Calcutta medical institutions reports 1879-81 [i.e.91]
Year: 1879
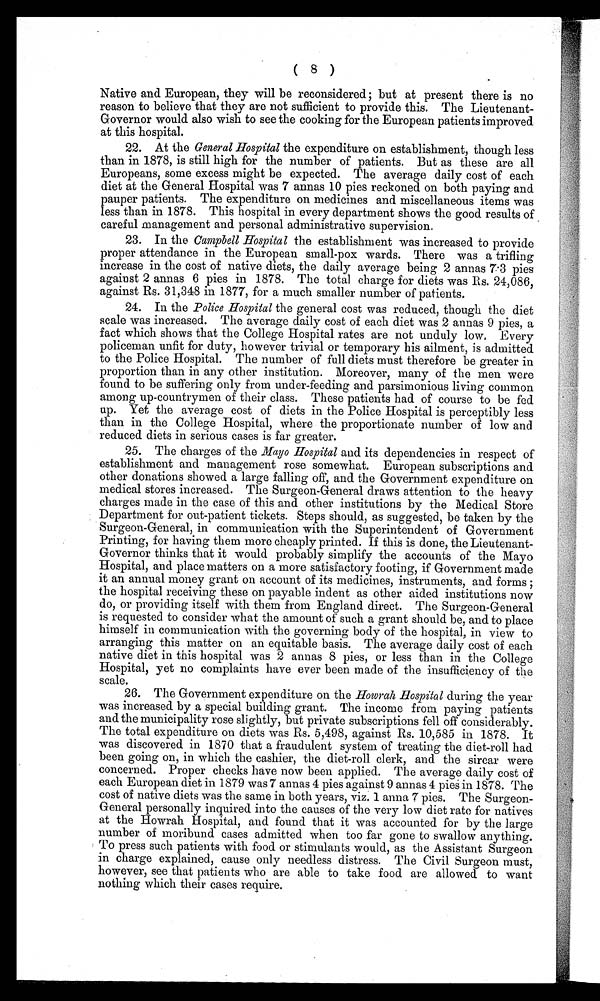
( 8 )
Native and European, they will be reconsidered; but at present there is no
reason to believe that they are not sufficient to provide this. The Lieutenant-
Governor would also wish to see the cooking for the European patients improved
at this hospital.
22. At the General Hospital the expenditure on establishment, though less
than in 1878, is still high for the number of patients. But as these are all
Europeans, some excess might be expected. The average daily cost of each
diet at the General Hospital was 7 annas 10 pies reckoned on both paying and
pauper patients. The expenditure on medicines and miscellaneous items was
less than in 1878. This hospital in every department shows the good results of
careful management and personal administrative supervision.
23. In the Campbell Hospital the establishment was increased to provide
proper attendance in the European small-pox wards. There was a trifling
increase in the cost of native diets, the daily average being 2 annas 7.3 pies
against 2 annas 6 pies in 1878. The total charge for diets was Rs. 24,086,
against Rs. 31,348 in 1877, for a much smaller number of patients.
24. In the Police Hospital the general cost was reduced, though the diet
scale was increased. The average daily cost of each diet was 2 annas 9 pies, a
fact which shows that the College Hospital rates are not unduly low. Every
policeman unfit for duty, however trivial or temporary his ailment, is admitted
to the Police Hospital. The number of full diets must therefore be greater in
proportion than in any other institution. Moreover, many of the men were
found to be suffering only from under-feeding and parsimonious living common
among up-countrymen of their class. These patients had of course to be fed
u p . Y e t t h e a v e r a g e c o s t o f d i e t s i n t h e P o l i c e H o s p i t a l i s p e r c e p t i b l y l e s s
than in the College Hospital, where the proportionate number of low and
reduced diets in serious cases is far greater.
25. The charges of the Mayo Hospital and its dependencies in respect of
establishment and manaement rose somewhat. European subscriptions and
other donations showed a large falling off, and the Government expenditure on
medical stores increased. The Surgeon-General draws attention to the heavy
charges made in the case of this and other institutions by the Medical Store
Department for out-patient tickets. Steps should, as suggested, be taken by the
Surgeon-General, in communication with the Superintendent of Government
Printing, for having them more cheaply printed. If this is done, the Lieutenant
-
Governor thinks that it would probably simplify the accounts of the Mayo
Hospital, and place matters on a more satisfactory footing, if Government made
it an annual money grant on account of its medicines, instruments, and forms;
the hospital receiving these on payable indent as other aided institutions now
do, or providing itself with them from England direct. The Surgeon-General
is requested to consider what the amount of such a grant should be, and to place
himself in communication with the governing body of the hospital, in view to
arranging this matter on an equitable basis. The average daily cost of each
native diet in this hospital was 2 annas 8 pies, or less than in the College
Hospital, yet no complaints have ever been made of the insufficiency of the
scale.
26. The Government expenditure on the Howrah Hospital during the year
was increased by a special building grant. The income from paying patients
and the municipality rose slightly, but private subscriptions fell off considerably.
The total expenditure on diets was Rs. 5,498, against Rs. 10,585 in 1878. It
was discovered in 1870 that a fraudulent system of treating the diet-roll had
been going on, in which the cashier, the diet-roll clerk, and the sircar were
concerned. Proper checks have now been applied. The average daily cost of
each European diet in 1879 was 7 annas 4 pies against 9 annas 4 pies in 1878. The
cost of native diets was the same in both years, viz. 1 anna 7 pies. The Surgeon-
General personally inquired into the causes of the very low diet rate for natives
at the Howrah Hospital, and found that it was accounted for by the large
number of moribund cases admitted when too far gone to swallow anything.
To press such patients with food or stimulants would, as the Assistant Surgeon
in charge explained, cause only needless distress. The Civil Surgeon must,
however, see that patients who are able to take food are allowed to want
nothing which their cases require.